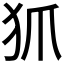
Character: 𤜶